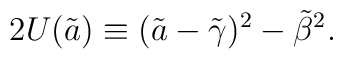
2U(\tilde a) \equiv (\tilde a-{\tilde \gamma})^2 -{\tilde \beta}^2.